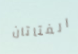
الفتاتان